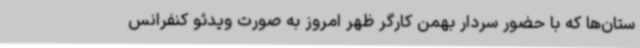
ستان‌ها که با حضور سردار بهمن کارگر ظهر امروز به صورت ویدئو کنفرانس